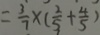
= \frac { 3 } { 7 } \times ( \frac { 2 } { 5 } + \frac { 4 } { 5 } )